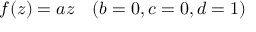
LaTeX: f ( z ) = a z \quad ( b = 0 , c = 0 , d = 1 )